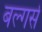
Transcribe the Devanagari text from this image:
बल्गर्स